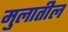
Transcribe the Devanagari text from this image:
मुलातील